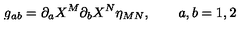
g _ { a b } = \partial _ { a } X ^ { M } \partial _ { b } X ^ { N } \eta _ { M N } , \qquad a , b = 1 , 2